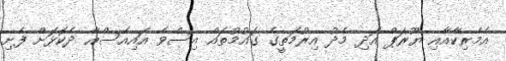
އެމެރިކާއާއި ޔޫރަޕް އަދި މެދު އިރުމަތީގެ ގައުމުތައް އިސްވެ އައިއެސްއާ ދެކޮޅަށް ފެށި